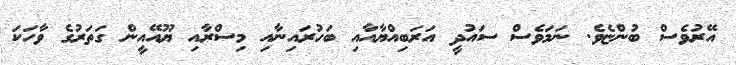
އޭރުވެސް ބުންޏެވެ. ނަމަވެސް ސައުދީ އަރަބިއްޔާއާއި ބަހުރައިނާއި މިސްރާއި ޔޫއޭއީން ގަތަރުގެ ވާހަކަ